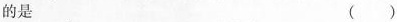
的是 （）